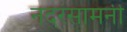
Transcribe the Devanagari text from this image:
नदरंसामनी